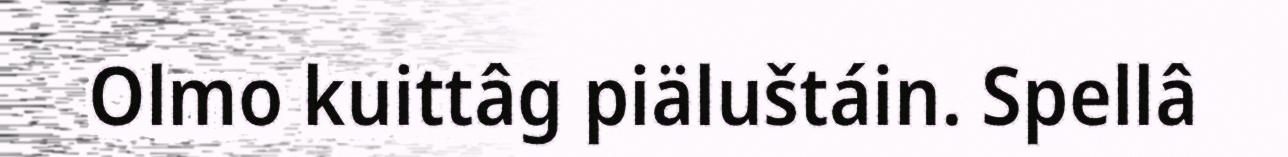
Olmo kuittâg piäluštáin. Spellâ